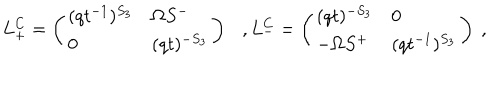
L _ { + } ^ { C } = \left( \begin{array} { l l } { { ( q t ^ { - 1 } ) ^ { S _ { 3 } } } } & { { \Omega S ^ { - } } } \\ { { 0 } } & { { ( q t ) ^ { - S _ { 3 } } } } \\ \end{array} \right) \ \ \ , L _ { - } ^ { C } = \left( \begin{array} { l l } { { ( q t ) ^ { - S _ { 3 } } } } & { { 0 } } \\ { { - \Omega S ^ { + } } } & { { ( q t ^ { - 1 } ) ^ { S _ { 3 } } } } \\ \end{array} \right) \ ,